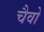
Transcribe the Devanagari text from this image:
चैवो